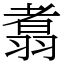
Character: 翥